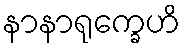
နာနာရုက္ခေဟိ